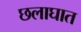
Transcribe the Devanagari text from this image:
छलाघात